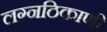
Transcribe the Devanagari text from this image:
लग्नठिकाणी